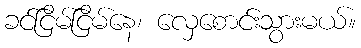
ခင်ငြိမ်ငြိမ်နေ၊ လှေစောင်းသွားမယ်။